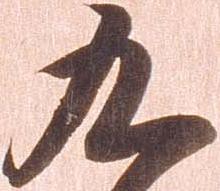
九